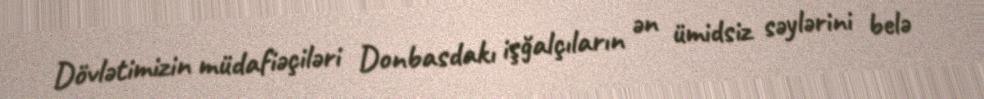
Dövlətimizin müdafiəçiləri Donbasdakı işğalçıların ən ümidsiz səylərini belə